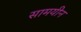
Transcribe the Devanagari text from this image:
सामयीन